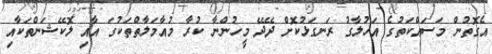
އެގޮތުން މަސައްކަތުގެ އަހުލާގު ރަނގަޅުކޮށް ދޭދޭ މީހުންނާ ކުރާ މުއާމަލާތްތަކުގަ އާއި ލޮކޭޝަންތަކާއި